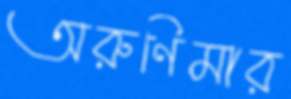
অরুণিমার